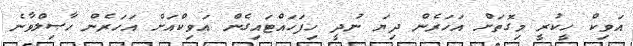
އަވިކް ހީކުރީ މިގޮތަށް އަހަރެން ދިޔަ ނުދީ ހިފަހައްޓައިގެން އަވިކްއަށް އަހަރެން ހާޞިލްވާނެ